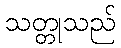
သတ္တုသည်